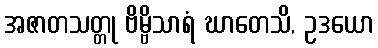
အဇာတသတ္တု ဗိမ္ဗိသာရံ ဃာတေသိ, ဥဒယော